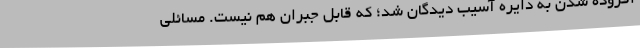
افزوده شدن به دایره آسیب دیدگان شد؛ که قابل جبران هم نیست. مسائلی